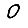
Digit: 0